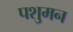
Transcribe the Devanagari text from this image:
पशुमन